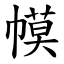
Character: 幙